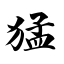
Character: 猛